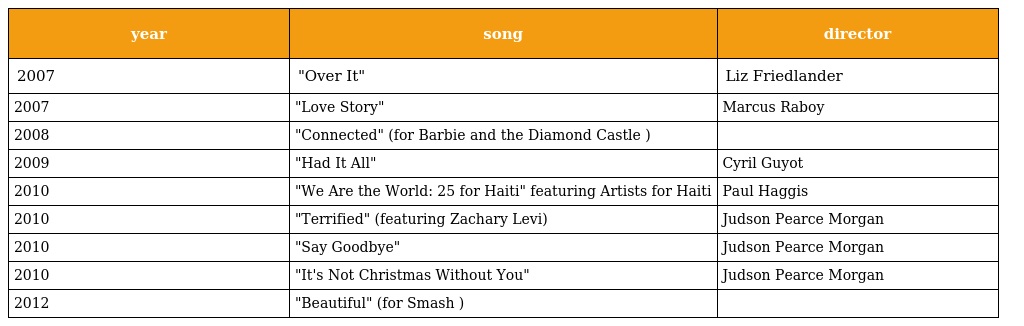
| year | song | director |
 | --- | --- | --- |
 | 2007 | "Over It" | Liz Friedlander |
 | 2007 | "Love Story" | Marcus Raboy |
 | 2008 | "Connected" (for Barbie and the Diamond Castle ) |  |
 | 2009 | "Had It All" | Cyril Guyot |
 | 2010 | "We Are the World: 25 for Haiti" featuring Artists for Haiti | Paul Haggis |
 | 2010 | "Terrified" (featuring Zachary Levi) | Judson Pearce Morgan |
 | 2010 | "Say Goodbye" | Judson Pearce Morgan |
 | 2010 | "It's Not Christmas Without You" | Judson Pearce Morgan |
 | 2012 | "Beautiful" (for Smash ) |  |